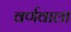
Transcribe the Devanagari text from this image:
वर्णवाला